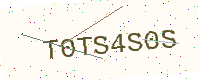
Text: T0TS4S0S